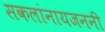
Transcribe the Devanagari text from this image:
सकलांनायजननी